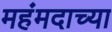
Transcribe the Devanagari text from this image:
महंमदाच्या